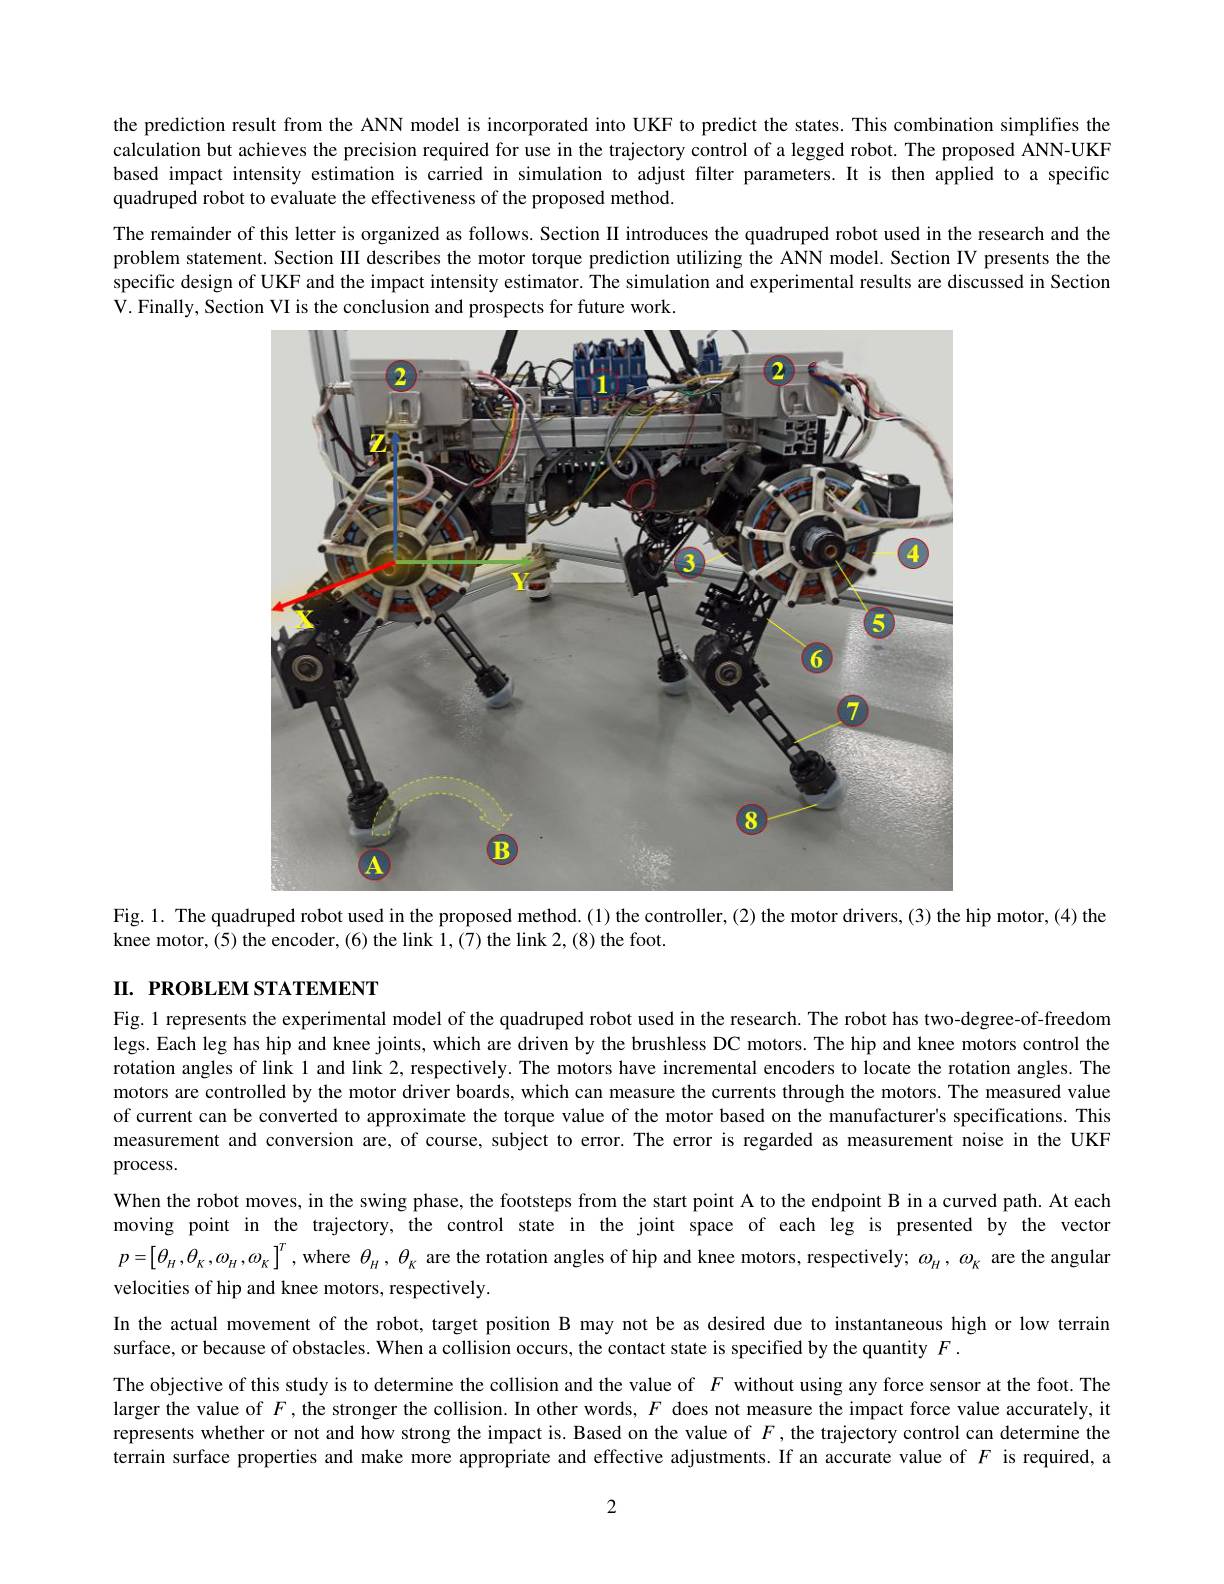
the prediction result from the ANN model is incorporated into UKF to predict the states. This combination simplifies the calculation but achieves the precision required for use in the trajectory control of a legged robot. The proposed ANN-UKF based impact intensity estimation is carried in simulation to adjust filter parameters.It is then applied to a specific quadruped robot to evaluate the effectiveness of the proposed method
The remainder of this letter is organized as follows. Section II introduces the quadruped robot used in the research and the problem statement. Section III describes the motor torque prediction utilizing the ANN model. Section IV presents the the specific design of UKF and the impact intensity estimator. The simulation and experimental results are discussed in Section V. Finally, Section VI is the conclusion and prospects for future work.

<FigureHere>

Fig. 1. The quadruped robot used in the proposed method.(1) the controller,(2) the motor drivers,(3) the hip motor,(4) the
knee motor,(5) the encoder, (6) the link 1,(7) the link 2, (8) the foot.

# I. PROBLEM STATEMENT

Fig. 1 represents the experimental model of the quadruped robot used in the research. The robot has two-degree-of-freedom legs. Each leg has hip and knee joints, which are driven by the brushless DC motors. The hip and knee motors control the rotation angles of link l and link 2, respectively. The motors have incremental encoders to locate the rotation angles. The motors are controlled by the motor driver boards, which can measure the currents through the motors. The measured value of current can be converted to approximate the torque value of the motor based on the manufacturer's specifications. This measurement and conversion are, of course, subject to error. The error is regarded as measurement noise in the UKF process.
When the robot moves, in the swing phase, the footsteps from the start point A to the endpoint B in a curved path. At each moving point in the trajectory, the control state in the joint space of each leg is presented by the vector $p=\left[\theta_{H},\theta_{K},\omega_{H},\omega_{K}\right]^{T}$, where $\theta_{{_{H}}},\theta_{{_{K}}}$ are the rotation angles of hip and knee motors, respectively; $\omega_{{_{H}}},\omega_{{_{K}}}$ are the angular velocities of hip and knee motors, respectively.
In the actual movement of the robot, target position B may not be as desired due to instantaneous high or low terrain
surface, or because of obstacles. When a collision occurs, the contact state is specified by the quantity $F.$
The objective of this study is to determine the collision and the value of $F$ without using any force sensor at the foot. The larger the value of $F$ ,the stronger the collision. In other words, $F$ does not measure the impact force value accurately, it represents whether or not and how strong the impact is. Based on the value of $F$,the trajectory control can determine the terrain surface properties and make more appropriate and effective adjustments. If an accurate value of $F$ is required, a

2